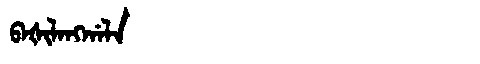
Manchu: ᠪᠠᡧᡳᠯᠠᠩᡤᠠᠯᠠ
Romanization: BAŠILANGGALA